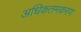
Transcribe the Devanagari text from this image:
अधिकतमकरण